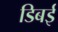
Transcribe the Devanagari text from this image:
डिबई